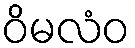
ဝိမလံဝ